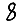
Digit: 8